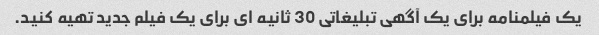
یک فیلمنامه برای یک آگهی تبلیغاتی 30 ثانیه ای برای یک فیلم جدید تهیه کنید.